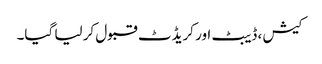
کیش ، ڈیبٹ اور کریڈٹ قبول کر لیا گیا۔